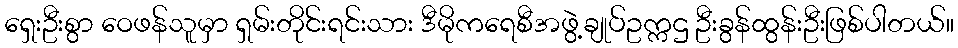
ရှေးဦးစွာ ဝေဖန်သူမှာ ရှမ်းတိုင်းရင်းသား ဒီမိုကရေစီအဖွဲ့ချုပ်ဥက္ကဌ ဦးခွန်ထွန်းဦးဖြစ်ပါတယ်။